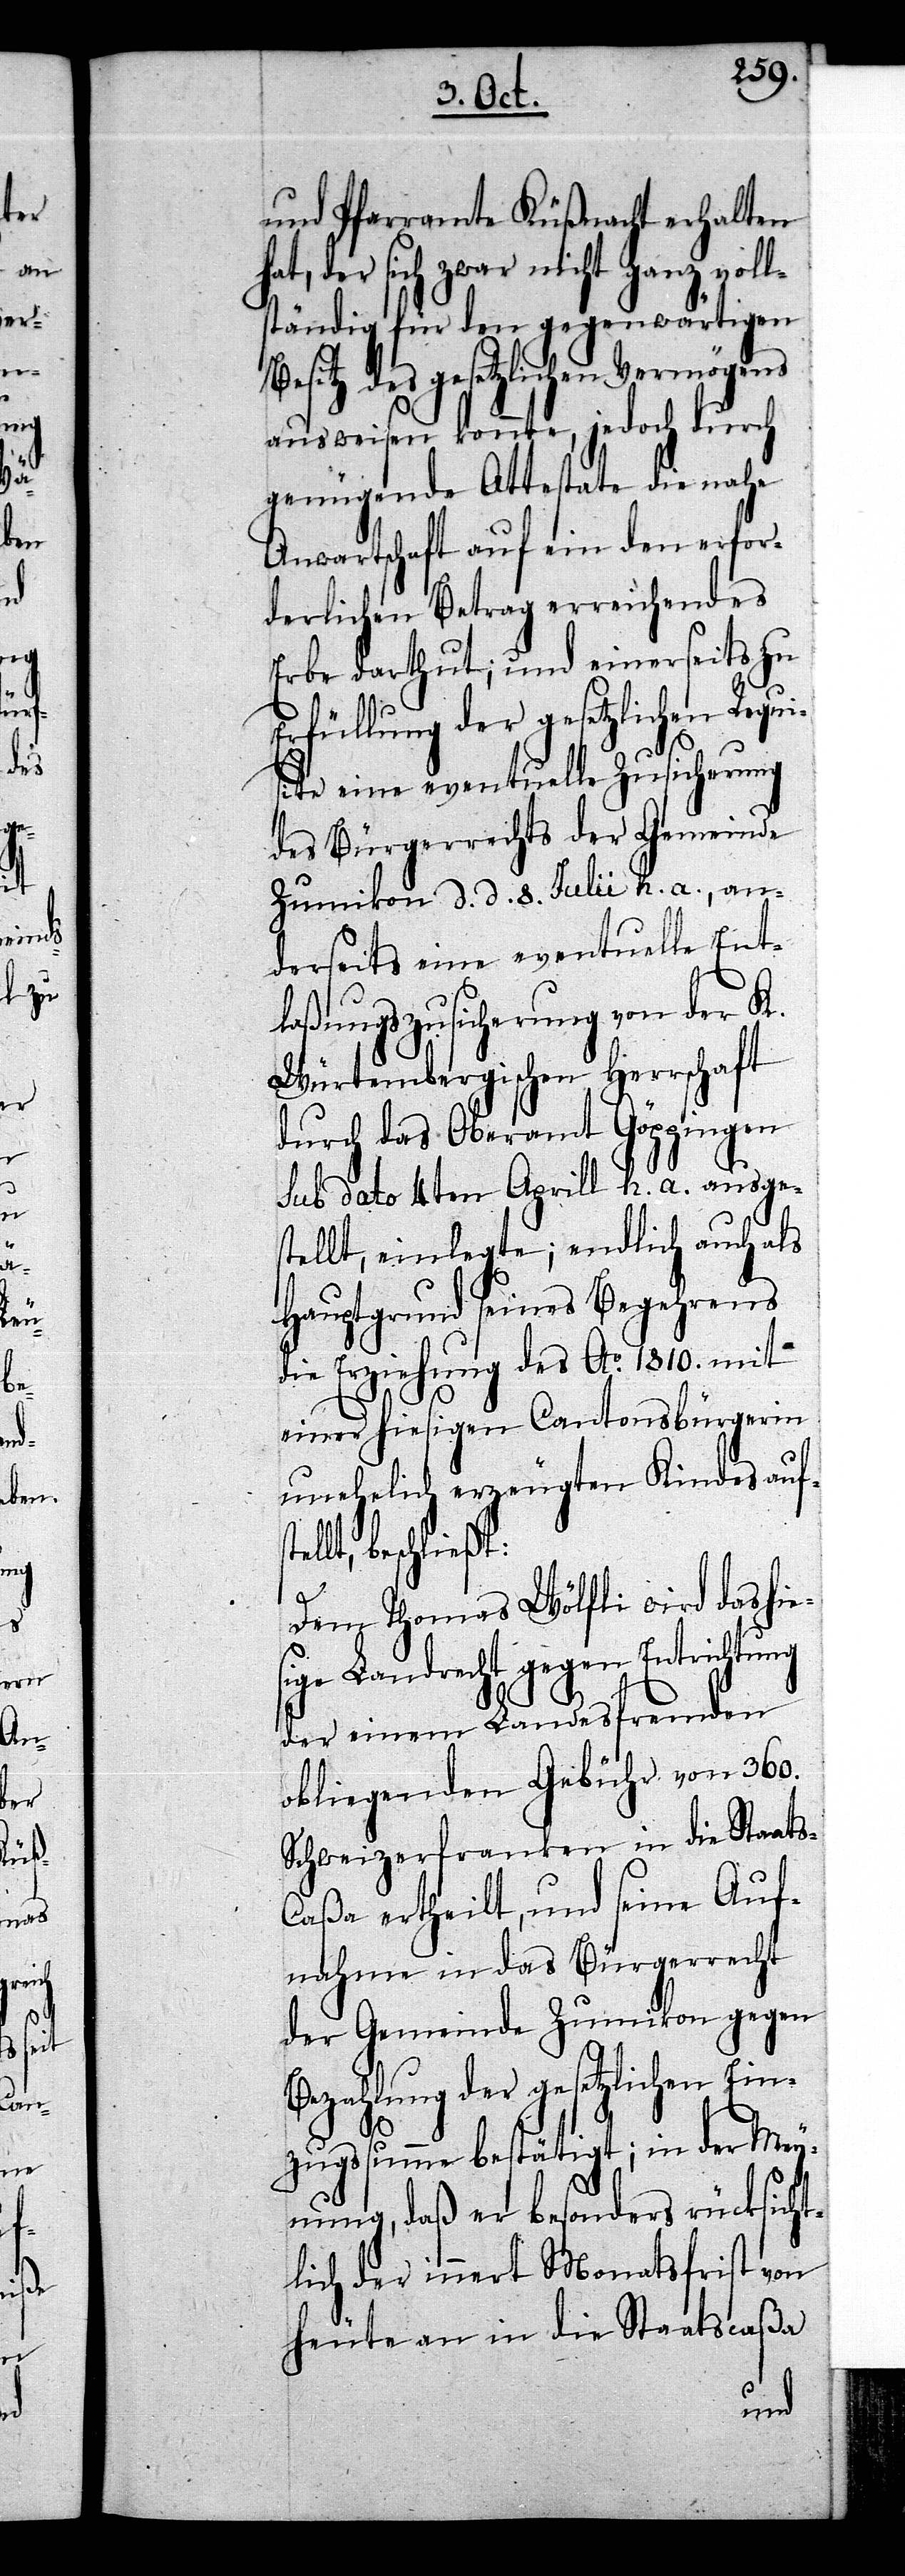
und Pfarramte Küßnacht erhalten
der sich zwar nicht ganz voll¬
ständig für den gegenwärtigen
des gesetzlichen Vermögens
ausweisen konnte, jedoch durch
genügende Attestate die nahe
Anwartschaft auf ein den erfor¬
derlichen Betrag erreichendes
Erbe darthut; und einerseits zu
Erfüllung der gesetzlichen Requ¬
isite eine eventuelle Zusicherung
des Bürgerrechts der Gemeinde
Zumikon d. d. 8. Julii h. a., an¬
derseits eine eventuelle Ent¬
laßungszusicherung von der K.
Würtembergischen Herrschaft
durch das Oberamt Göppingen
sub dato 4ten Aprill h. a. ausges¬
tellt, einlegte; endlich auch als
Hauptgrund seines Begehrens
die Erziehung des Ao. 1810. mit
einer hiesigen Cantonsbürgerin
unehelich erzeugten Kindes aufs¬
lt, beschließt:
Dem Thomas Wölfli wird das hie¬
sige Landrecht gegen Entrichtung
der einem Landesfremden
obliegenden Gebühr von 360.
Schweizerfranken in die Staat¬
aßa ertheilt, und seine Auf¬
nahme in das Bürgerrecht
der Gemeinde Zumikon gegen
Bezahlung der gesetzlichen Ein¬
s-C¬
zugssumme bestätigt; in der Mey¬
nung, daß er besonders rücksicht¬
lich der innert Monatsfrist von
heute an in die Staatscaßa